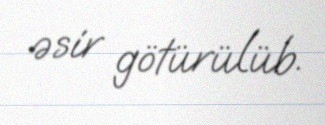
əsir götürülüb.